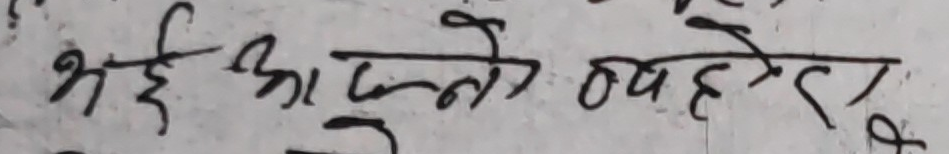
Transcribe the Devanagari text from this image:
भई आफ्नो व्यवहार